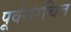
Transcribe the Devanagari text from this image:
पूर्वसंरचित